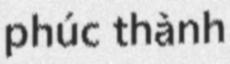
phúc thành